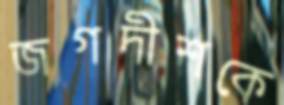
জগদীশকে